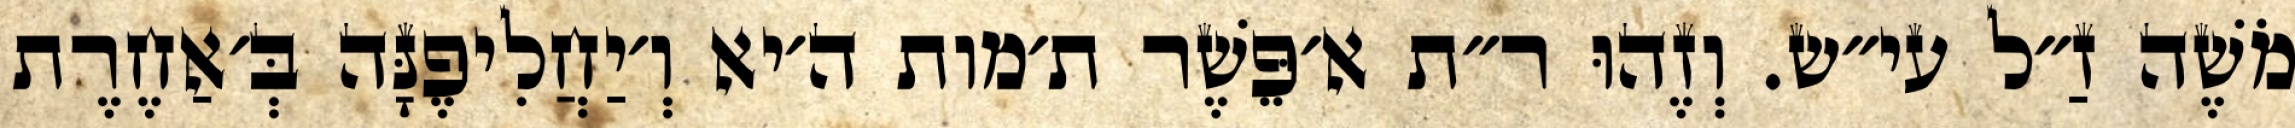
מֹשֶׁה זַ״ל עי״ש. וְזֶהוּ ר״ת א׳פֵּשֶׁר ת׳מות ה׳יא וְ׳יַחֲלִיפֶנָּה בְּ׳אַחֶרֶת